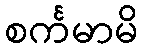
စင်္ကမာမိ